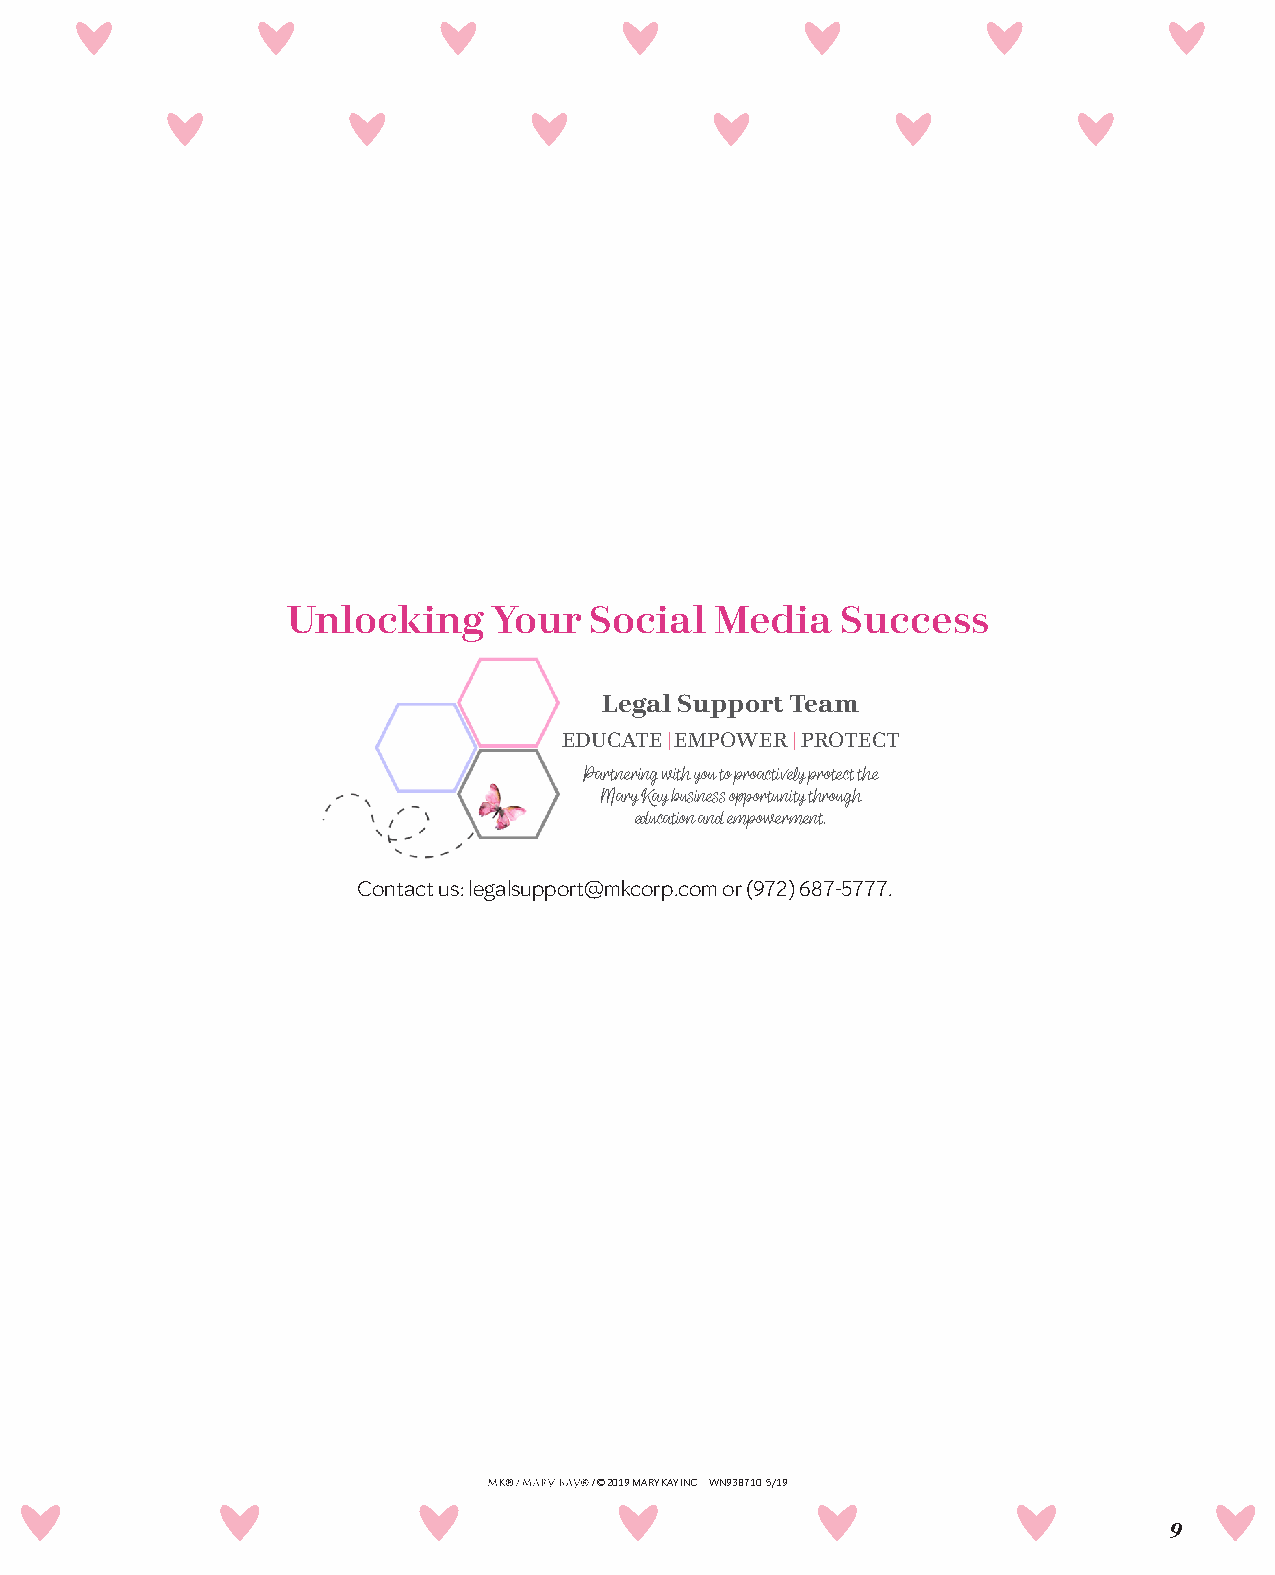
Unlocking     Your  Social  Media    Success
 Legal Support Team
 EDUCATE | EMPOWER | PROTECT
 Partnering with you to proactively protect the
 Mary Kay business opportunity through
 education and empowerment.
 Contact us: legalsupport@mkcorp.com or (972) 687-5777.
 /© 2019 MARY KAY INC. WN938710 5/19
 9